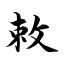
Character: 敕